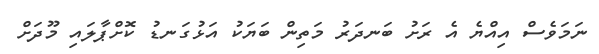
ނަމަވެސް އިއްޔެ އެ ރަށު ބަނދަރު މަތިން ބަޔަކު އަޅުގަނޑު ކޮށްޕާލައި މޫދަށް